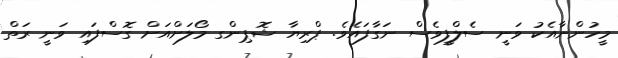
މީހުންނާއެކު ވަނީ ސެލްފީވެސް ނަގާފައެވެ. ޕްރިޔާ ޝޮޕިންގ މޯލަށްއަށް ގޮސްފައި ވަނީ ރަތް